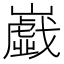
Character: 𡾠